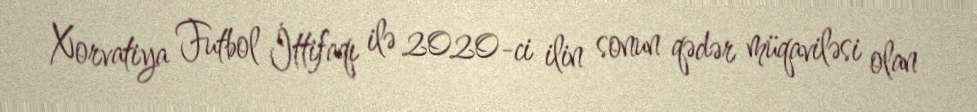
Xorvatiya Futbol İttifaqı ilə 2020-ci ilin sonun qədər müqaviləsi olan